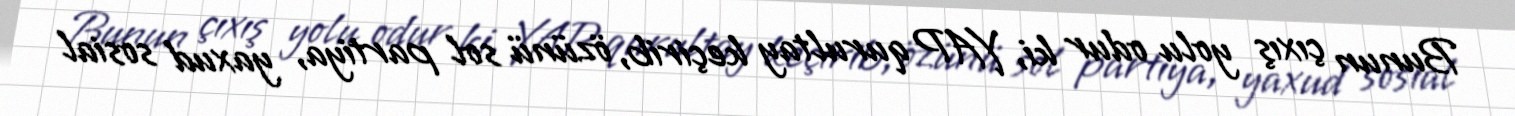
Bunun çıxış yolu odur ki, YAP qurultay keçirib, özünü sol partiya, yaxud sosial